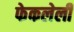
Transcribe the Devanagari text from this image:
फेकलेली